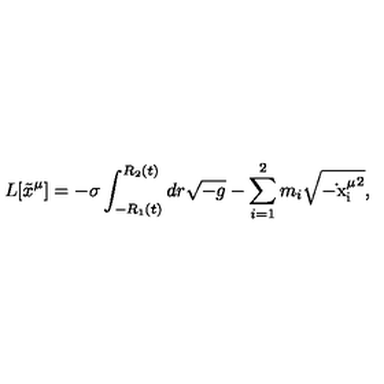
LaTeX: L [ \tilde { x } ^ { \mu } ] = - \sigma \int _ { - R _ { 1 } ( t ) } ^ { R _ { 2 } ( t ) } d r \sqrt { - g } - \sum _ { i = 1 } ^ { 2 } m _ { i } \sqrt { - \mathrm { \dot { } x ^ \mu _ i } ^ { 2 } } ,